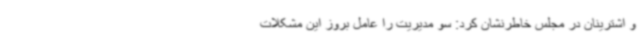
و اشترینان در مجلس خاطرنشان کرد: سو مدیریت را عامل بروز این مشکلات